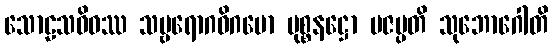
သောဠသဝိဓဿ သဗ္ဗရောဂဝိဂမော မုစ္စနဋ္ဌော ပဇပ္ပတိ သုဘောဂေါတိ